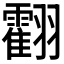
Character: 𦒧